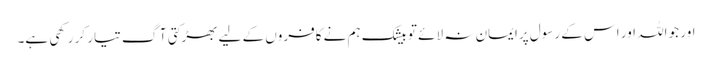
اور جو اللہ اور اس کے رسول پرایمان نہ لائے تو بیشک ہم نے کافروں کے لیے بھڑکتی آگ تیار کر رکھی ہے۔